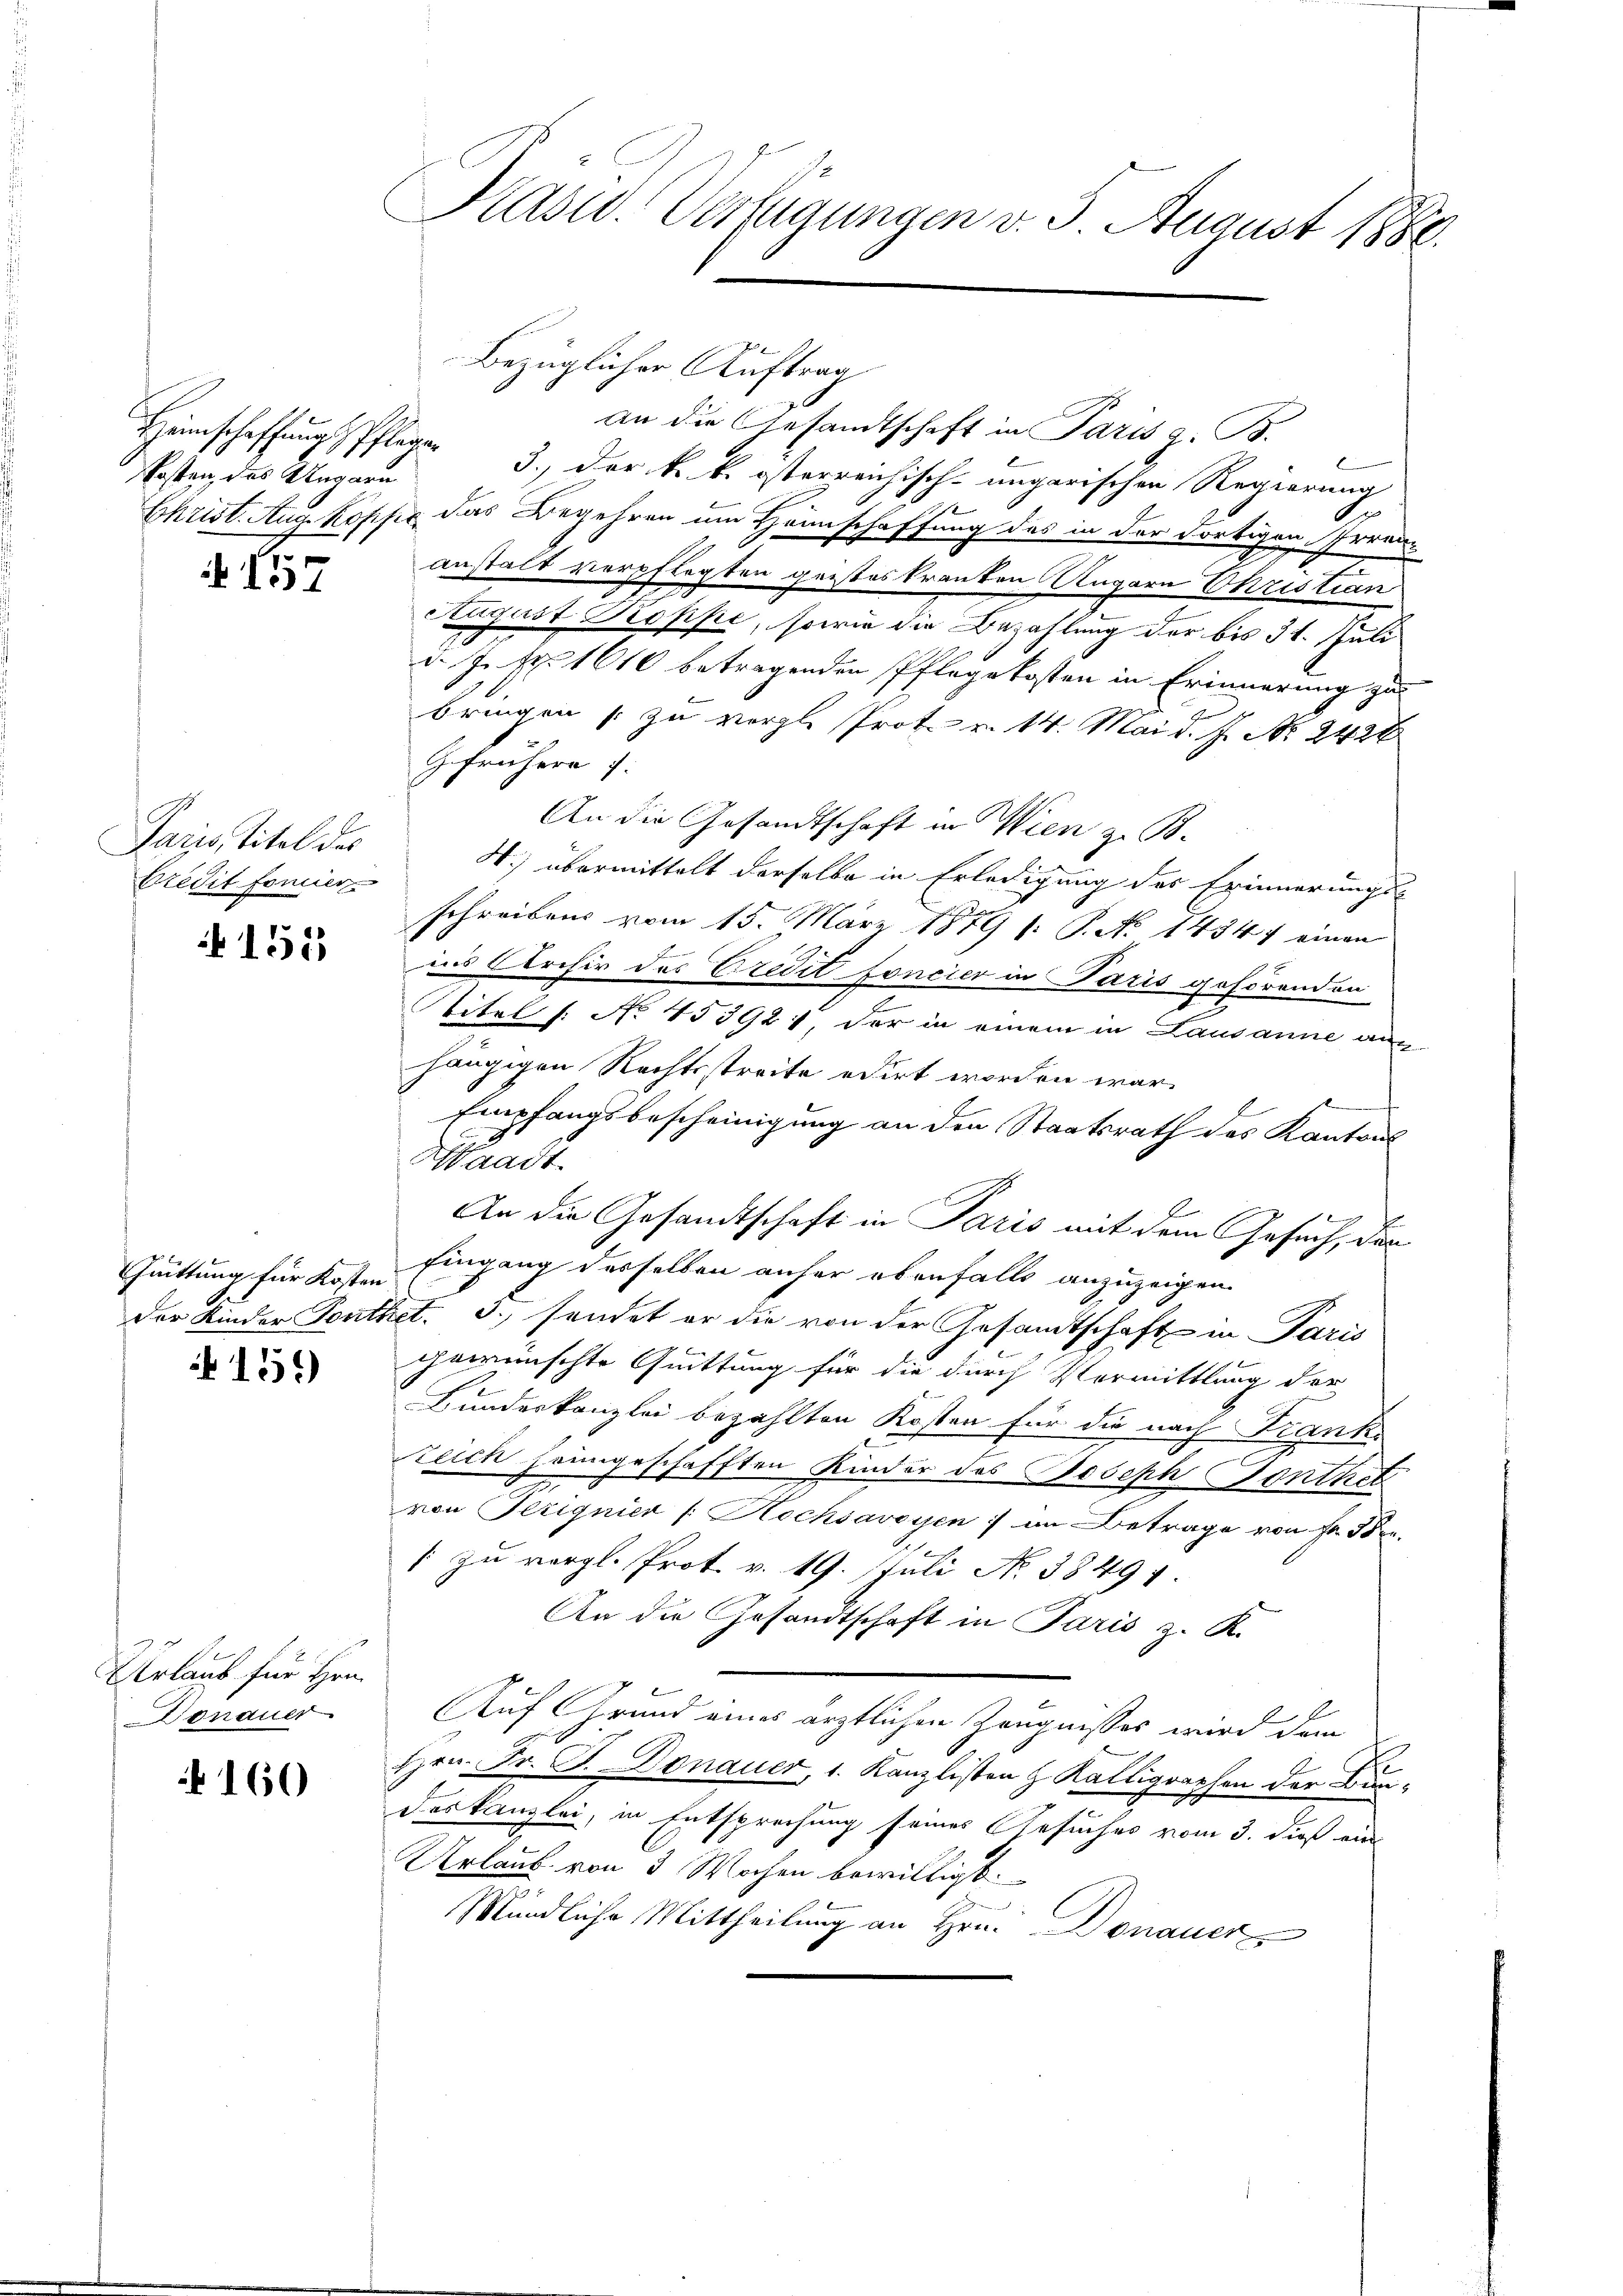
Kosten des Ungarn

17

Paris Titel des
Bredit formier

155

Chuittung für Kosten

151)

Urlaub für Hrn.
Donauer

160

Kasid. Verfügungen v. 3. August 1880.

Bezüglicher Auftrag

.
an die Gesandtschaft in Paris z. B.
Heimschaffungs Pflegen 3. der k. k. österreichisch-ungarischen Regierung
Christ. Aug. Kopfer das Begehren um Heimschaffung des in der dortigen Irrenanstalt verpflegten geisteskranken Ungarn Christian
August Propfe, sowie die Bezahlung der bis 31. Juli
d. J. pr. 1610 betragenden Pflegekosten in Erinnerung zu
bringen zu vergl. Prot. v. 14. Mai d. J. N. 2428
Gefrühern 7:
An die Gesandtschaft in Wien z. B.
4) übermittelt derselbe in Erledigung des Erinnerungs-
schreibens vom 15. März 1879 s: P. No 1434 einen
ins Archiv des Credit foncier in Paris gehörenden
titel s. No. 453921 der in einem in Lausanne aus
hängigen Rechtsstreite edirt worden war.
Empfangsbescheinigung an den Staatsrath des Kantons
Waadt
An die Gesandtschaft in Paris mit dem Gesuch, der
Eingang desselben anfer ebenfalls anzuzeigen.
der Kinder Fonthet. 3. sendet er die von der Gesandtschaft in Paris
gewünschte Quittung für die durch Vermittlung der
Bundeskanzlei bezahlten Kosten für die nach Frank-
reich heimgeschafften Kinder des Joseph Fonthet
von Fezignier (: Hochsavoyen :/ in Betrage von Fr. Bre
/ zu vergl. Prot. v. 19. Juli N. 38497.
An die Gesandtschaft in Paris z. K.
Auf Grund eines ärztlichen Zeugnisses wird dem
Hrn. Fr. P. Donauer, 1. Kanzlisten & Kalligraphen der Bundeskanzlei, in Entsprechung seines Gesuches vom 3. dieß ein
Urlaub von 3 Wochen bewilligt.
Mündliche Mittheilung an Hrn. Donauer